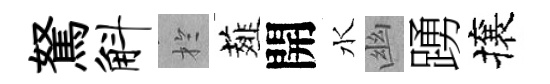
駑斛扵薤開水幽踴攘